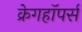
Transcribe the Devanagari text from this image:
क्रेगहॉपर्स